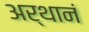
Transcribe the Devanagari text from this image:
अर्थानं